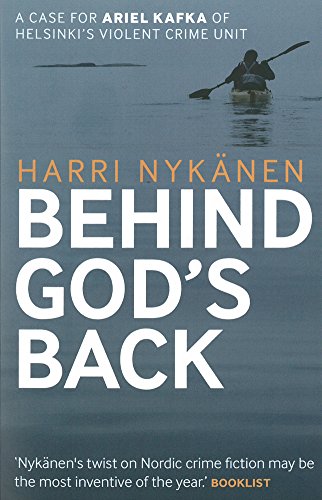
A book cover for Behind God's Back (An Ariel Kafka Mystery); Harri Nykanen; Travel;